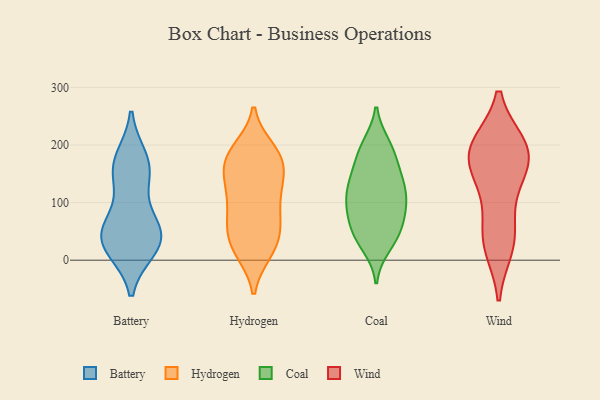
{"axis": {"x": "Humidity (%)", "y": "Value"}, "legend": ["Battery", "Coal", "Hydrogen", "Wind"], "data": [{"x": "", "y": 70, "type": "Battery"}, {"x": "", "y": 54, "type": "Battery"}, {"x": "", "y": 37, "type": "Battery"}, {"x": "", "y": 176, "type": "Battery"}, {"x": "", "y": 37, "type": "Battery"}, {"x": "", "y": 20, "type": "Battery"}, {"x": "", "y": 150, "type": "Battery"}, {"x": "", "y": 47, "type": "Battery"}, {"x": "", "y": 146, "type": "Battery"}, {"x": "", "y": 169, "type": "Battery"}, {"x": "", "y": 20, "type": "Battery"}, {"x": "", "y": 128, "type": "Hydrogen"}, {"x": "", "y": 168, "type": "Hydrogen"}, {"x": "", "y": 113, "type": "Hydrogen"}, {"x": "", "y": 70, "type": "Hydrogen"}, {"x": "", "y": 15, "type": "Hydrogen"}, {"x": "", "y": 53, "type": "Hydrogen"}, {"x": "", "y": 92, "type": "Hydrogen"}, {"x": "", "y": 22, "type": "Hydrogen"}, {"x": "", "y": 27, "type": "Hydrogen"}, {"x": "", "y": 63, "type": "Hydrogen"}, {"x": "", "y": 152, "type": "Hydrogen"}, {"x": "", "y": 15, "type": "Hydrogen"}, {"x": "", "y": 165, "type": "Hydrogen"}, {"x": "", "y": 187, "type": "Hydrogen"}, {"x": "", "y": 115, "type": "Hydrogen"}, {"x": "", "y": 192, "type": "Hydrogen"}, {"x": "", "y": 181, "type": "Hydrogen"}, {"x": "", "y": 62, "type": "Hydrogen"}, {"x": "", "y": 185, "type": "Hydrogen"}, {"x": "", "y": 140, "type": "Hydrogen"}, {"x": "", "y": 144, "type": "Coal"}, {"x": "", "y": 110, "type": "Coal"}, {"x": "", "y": 123, "type": "Coal"}, {"x": "", "y": 119, "type": "Coal"}, {"x": "", "y": 99, "type": "Coal"}, {"x": "", "y": 169, "type": "Coal"}, {"x": "", "y": 195, "type": "Coal"}, {"x": "", "y": 44, "type": "Coal"}, {"x": "", "y": 193, "type": "Coal"}, {"x": "", "y": 200, "type": "Coal"}, {"x": "", "y": 76, "type": "Coal"}, {"x": "", "y": 61, "type": "Coal"}, {"x": "", "y": 133, "type": "Coal"}, {"x": "", "y": 39, "type": "Coal"}, {"x": "", "y": 86, "type": "Coal"}, {"x": "", "y": 25, "type": "Coal"}, {"x": "", "y": 152, "type": "Coal"}, {"x": "", "y": 42, "type": "Coal"}, {"x": "", "y": 90, "type": "Coal"}, {"x": "", "y": 191, "type": "Wind"}, {"x": "", "y": 25, "type": "Wind"}, {"x": "", "y": 191, "type": "Wind"}, {"x": "", "y": 124, "type": "Wind"}, {"x": "", "y": 198, "type": "Wind"}, {"x": "", "y": 145, "type": "Wind"}, {"x": "", "y": 191, "type": "Wind"}, {"x": "", "y": 37, "type": "Wind"}, {"x": "", "y": 181, "type": "Wind"}, {"x": "", "y": 46, "type": "Wind"}]}